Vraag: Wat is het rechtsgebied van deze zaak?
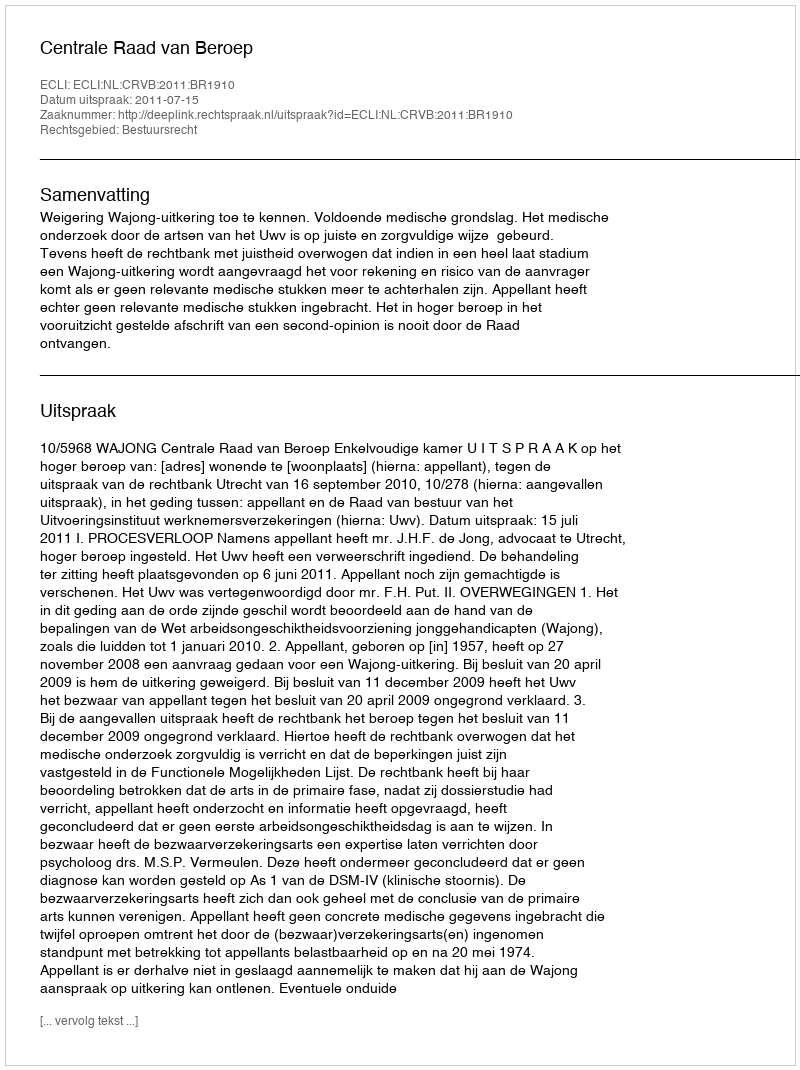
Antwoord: Bestuursrecht